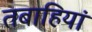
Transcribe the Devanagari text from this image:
तबाहियां